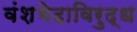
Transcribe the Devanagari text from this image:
वंशभेदाविरुद्ध